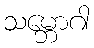
သမ္ဘောဂါ